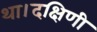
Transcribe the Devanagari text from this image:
था।दक्षिणी